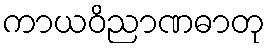
ကာယဝိညာဏဓာတု